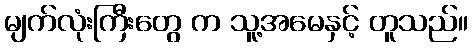
မျက်လုံးကြီးတွေ က သူ့အမေနှင့် တူသည်။